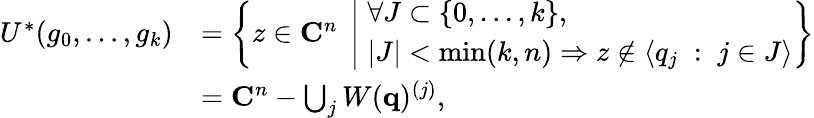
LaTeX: \begin{array}{rl}{U^{*}(g_{0},\ldots,g_{k})}&{=\left\{ z\in\mathbf{C}^{n}\; \left|\; \begin{array}{l}{\forall J\subset\{ 0,\ldots,k\} ,}\\ {|J|<\operatorname*{min}(k,n)\Rightarrow z\notin\langle q_{j}\; :\; j\in J\rangle}\end{array}\right.\right\} }\\ &{=\mathbf{C}^{n}-\bigcup_{j}W(\mathbf{q})^{(j)},}\end{array}